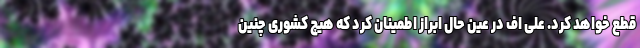
قطع خواهد کرد. علی اف در عین حال ابراز اطمینان کرد که هیچ کشوری چنین